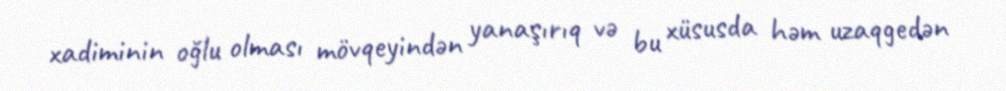
xadiminin oğlu olması mövqeyindən yanaşırıq və bu xüsusda həm uzaqgedən